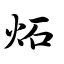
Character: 炻